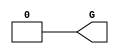
`ifdef verilator3
`else
`timescale 1 ps / 1 ps
`endif
//
// GND primitive for Xilinx FPGAs
// Compatible with Verilator tool (www.veripool.org)
// Copyright (c) 2019-2022 Frdric REQUIN
// License : BSD
//

module GND
(
    output wire G
);

    assign G = 1'b0;

endmodule